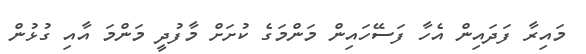
މައިރާ ފަދައިން އެހާ ފަސޭހައިން މަންމަގެ ކުށަށް މާފުދީ މަންމަ އާއި ގުޅުން